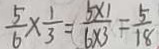
\frac { 5 } { 6 } \times \frac { 1 } { 3 } = \frac { 5 \times 1 } { 6 \times 3 } = \frac { 5 } { 1 8 }